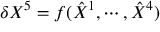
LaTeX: \delta { X } ^ { 5 } = f ( \hat { X } ^ { 1 } , \cdots , \hat { X } ^ { 4 } )